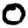
Digit: 0